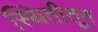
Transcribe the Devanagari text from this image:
स्थितीतून